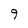
Character: 9